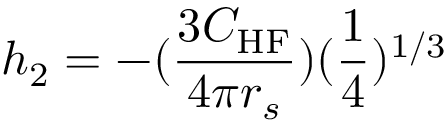
h _ { 2 } = - ( \frac { 3 C _ { \mathrm { H F } } } { 4 \pi r _ { s } } ) ( \frac { 1 } { 4 } ) ^ { 1 / 3 }